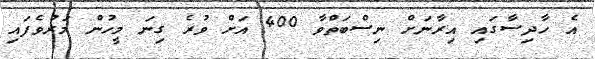
އެ ހާދިސާގައި އިރާނަށް ނިސްބަތްވާ 400 އަށް ވުރެ ގިނަ މީހުން މަރުވެފައި